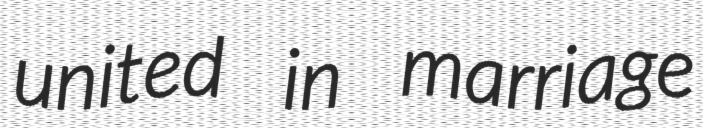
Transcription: united in marriage